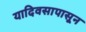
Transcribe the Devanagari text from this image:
यादिवसापासून